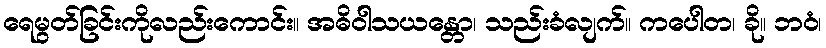
ရေမွတ်ခြင်းကိုလည်းကောင်း။ အဓိဝါသယန္တော၊ သည်းခံလျက်။ ကပေါတ၊ ခို။ ဘဝံ၊